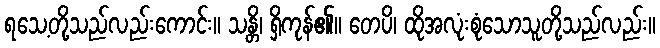
ရသေ့တို့သည်လည်းကောင်း။ သန္တိ၊ ရှိကုန်၏။ တေပိ၊ ထိုအလုံးစုံသောသူတို့သည်လည်း။